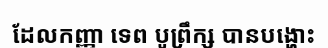
ដែលកញ្ញា ទេព បូព្រឹក្ស បានបង្ហោះ